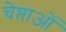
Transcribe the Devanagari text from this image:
चेष्ताओं